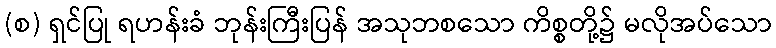
(စ) ရှင်ပြု ရဟန်းခံ ဘုန်းကြီးပြန် အသုဘစသော ကိစ္စတို့၌ မလိုအပ်သော